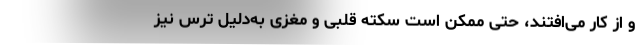
و از کار می‌اُفتند، حتی ممکن است سکته قلبی و مغزی به‌دلیل ترس نیز